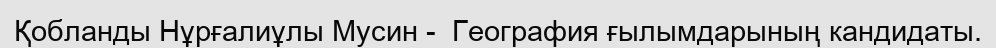
Қобланды Нұрғалиұлы Мусин -  География ғылымдарының кандидаты.